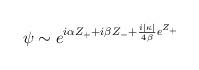
LaTeX: \begin{align*}\psi \sim e^{i\alpha Z_{+} +i\beta Z_{-} +\frac{i|\kappa |}{4\beta} e^{Z_{+}}} \end{align*}